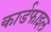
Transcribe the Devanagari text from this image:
कार्डफाइल